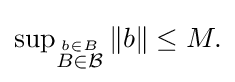
{\textstyle \sup _{\stackrel {b\in B}{B\in {\mathcal {B}}}}\|b\|\leq M.}